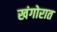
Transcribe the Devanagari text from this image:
खंगोरात